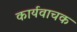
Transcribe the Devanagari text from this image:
कार्यवाचक